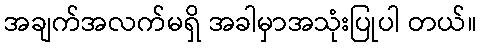
အချက်အလက်မရှိ အခါမှာအသုံးပြုပါ တယ်။